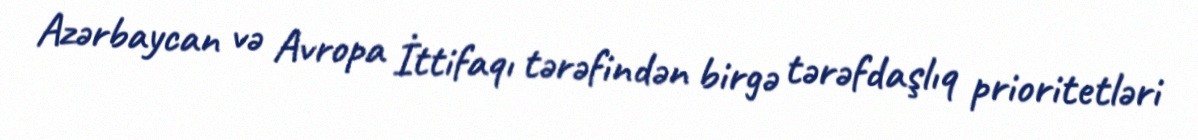
Azərbaycan və Avropa İttifaqı tərəfindən birgə tərəfdaşlıq prioritetləri